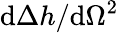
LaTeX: \textrm{d}\Delta{h}/\textrm{d}\Omega^{2}